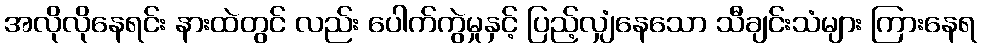
အလိုလိုနေရင်း နားထဲတွင် လည်း ပေါက်ကွဲမှုနှင့် ပြည့်လျှံနေသော သီချင်းသံများ ကြားနေရ